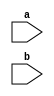
// A gate level example
module behavioralLevel(a,b);
    input a,b;
    reg [1:0]c,d;

    initial
    begin
        c = 'b0;
        d = 'b1;
    end

    always
    begin
        #2 c = a&b;

    end

    always
        begin
        #2 d = a^b;
    end

endmodule

// module testModule;
//     reg a, b;
//     wire c, d;
//     behavioralLevel U1(a,b);

//     initial
//     begin
//         $monitor($time, " a=%b, b=%b, c=%b, d=%b", a,b,c,d);
//         #2 a = 0; b = 0;
//         #2 a = 0; b = 1;
//         #2 a = 1; b = 0;
//         #2 a = 1; b = 1;
//         #2 $finish;
//     end
    
// endmodule